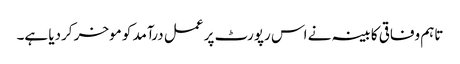
تاہم وفاقی کابینہ نے اس رپورٹ پر عمل درآمد کو موخر کردیا ہے۔